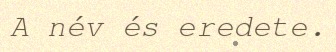
A név és eredete.